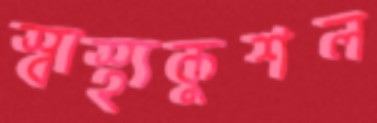
স্বাস্থ্যকুশল